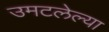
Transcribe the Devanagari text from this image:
उमटलेल्या